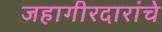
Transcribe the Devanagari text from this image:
जहागीरदारांचे